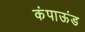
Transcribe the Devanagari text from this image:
कंपाऊंड